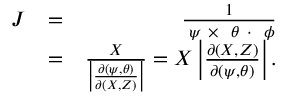
\begin{array} { r l r } { { \cal J } } & { = } & { \frac { 1 } { { \bf \nabla } \psi ~ { \bf \times } ~ { \bf \nabla } \theta ~ { \bf \cdot } ~ { \bf \nabla } \phi } } \\ & { = } & { \frac { X } { \left| \frac { \partial ( \psi , \theta ) } { \partial ( X , Z ) } \right| } = X \left| \frac { \partial ( X , Z ) } { \partial ( \psi , \theta ) } \right| . } \end{array}